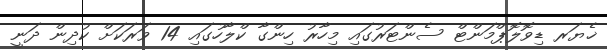
ޚެޔަރ ޑިވޮލޮޕްމަންޓް ސެންޓަރުގައި މިހާރު ހިންގާ ކްލާހުގައި 14 ވަރަކަށް ކުދިން ދަނީ